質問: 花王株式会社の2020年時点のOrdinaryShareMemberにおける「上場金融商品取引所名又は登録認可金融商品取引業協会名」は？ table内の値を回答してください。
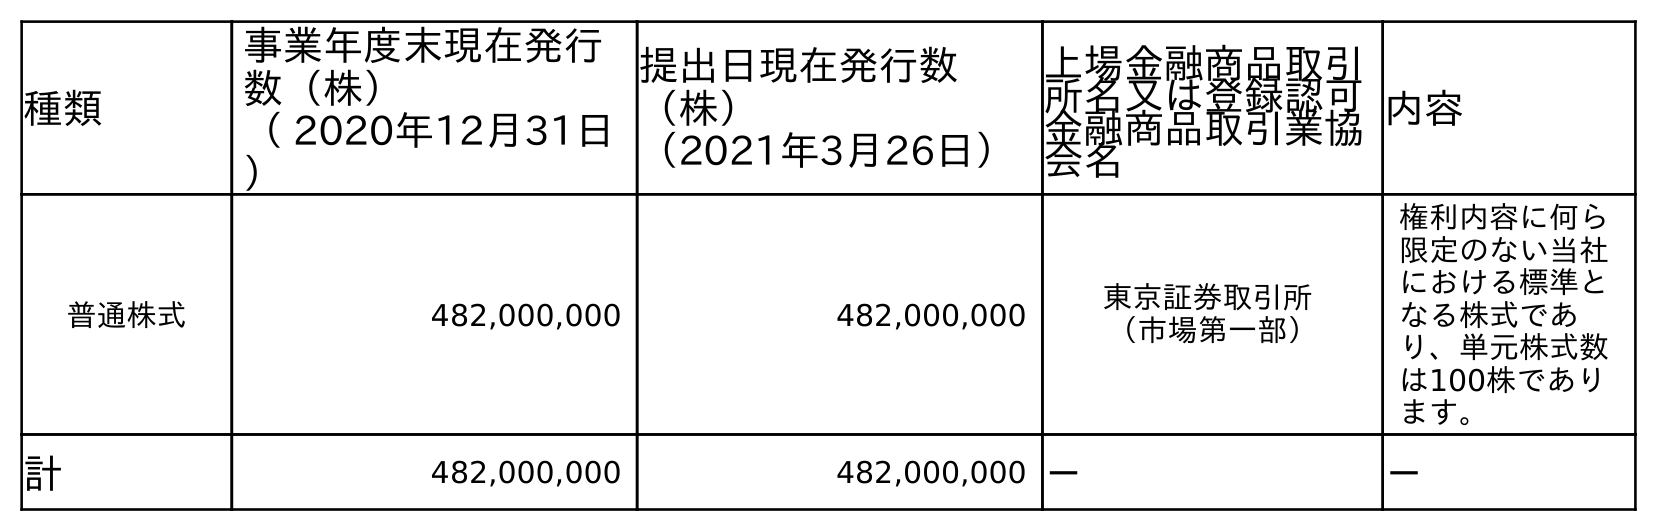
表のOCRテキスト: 種類 事業年度末現在発行 数（株） （ 2020年12月31日 ） 提出日現在発行数 （株） （2021年3月26日） 上場金融商品取引 所名又は登録認可 金融商品取引業協 会名 内容 普通株式 482,000,000 482,000,000 東京証券取引所 （市場第一部） 権利内容に何ら 限定のない当社 における標準と なる株式であ り、単元株式数 は100株であり ます。 計 482,000,000 482,000,000 － －
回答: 東京証券取引所（市場第一部）